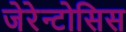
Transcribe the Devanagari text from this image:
जेरेन्टोसिस